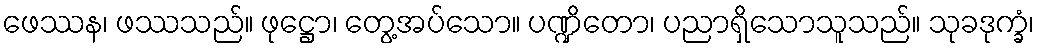
ဖေဿန၊ ဖဿသည်။ ဖုဋ္ဌော၊ တွေ့အပ်သော။ ပဏ္ဍိတော၊ ပညာရှိသောသူသည်။ သုခဒုက္ခံ၊